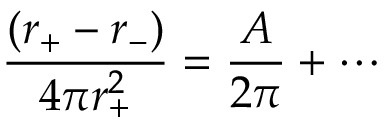
\frac { ( r _ { + } - r _ { - } ) } { 4 \pi r _ { + } ^ { 2 } } = \frac { A } { 2 \pi } + \cdots